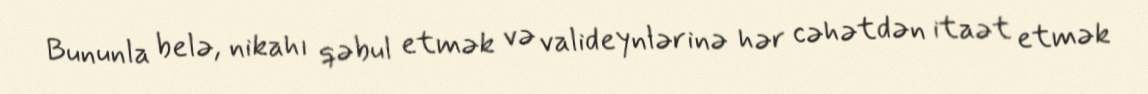
Bununla belə, nikahı qəbul etmək və valideynlərinə hər cəhətdən itaət etmək